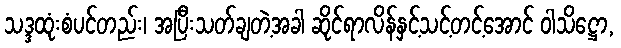
သဒ္ဒထုံးစံပင်တည်း၊ အပြီးသတ်ချတဲ့အခါ ဆိုင်ရာလိန်နှင့်သင့်တင့်အောင် ဝါသိဋ္ဌော,